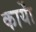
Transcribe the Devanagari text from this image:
कार्याें